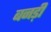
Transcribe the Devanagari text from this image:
बनड़ी